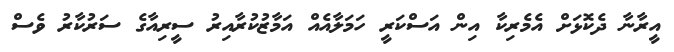
އީރާނާ ދެކޮޅަށް އެމެރިކާ އިން އަސްކަރީ ހަމަލާއެއް އަމާޒުކުރާއިރު ސީރިއާގެ ސަރުކާރު ވެސް